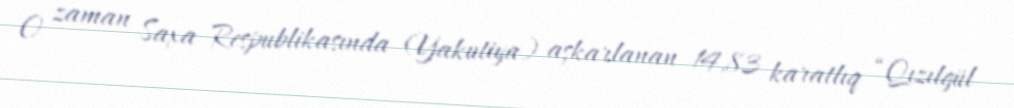
O zaman Saxa Respublikasında (Yakutiya) aşkarlanan 14,83 karatlıq “Qızılgül